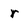
Character: r